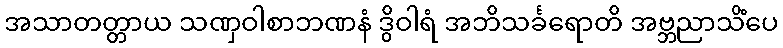
အသာတတ္တာယ သဏှဝါစာဘဏနံ ဒွိဝါရံ အဘိသင်္ခရောတိ အဗ္ဘညာသိံပေ